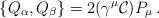
LaTeX: \begin{align*}\{Q_{\alpha},Q_{\beta}\}=2(\gamma^{\mu}{\cal C})P_{\mu}\, .\end{align*}